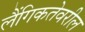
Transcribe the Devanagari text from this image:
लैंगिकतेवरील